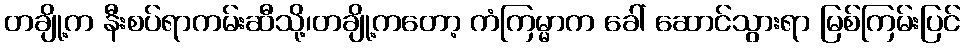
တချို့က နီးစပ်ရာကမ်းဆီသို့၊တချို့ကတော့ ကံကြမ္မာက ခေါ် ဆောင်သွားရာ မြစ်ကြမ်းပြင်